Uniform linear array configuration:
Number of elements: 4
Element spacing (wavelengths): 0.25
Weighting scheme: exponential
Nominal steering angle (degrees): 45
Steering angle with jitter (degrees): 43.308
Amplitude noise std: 0.05
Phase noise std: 0.05

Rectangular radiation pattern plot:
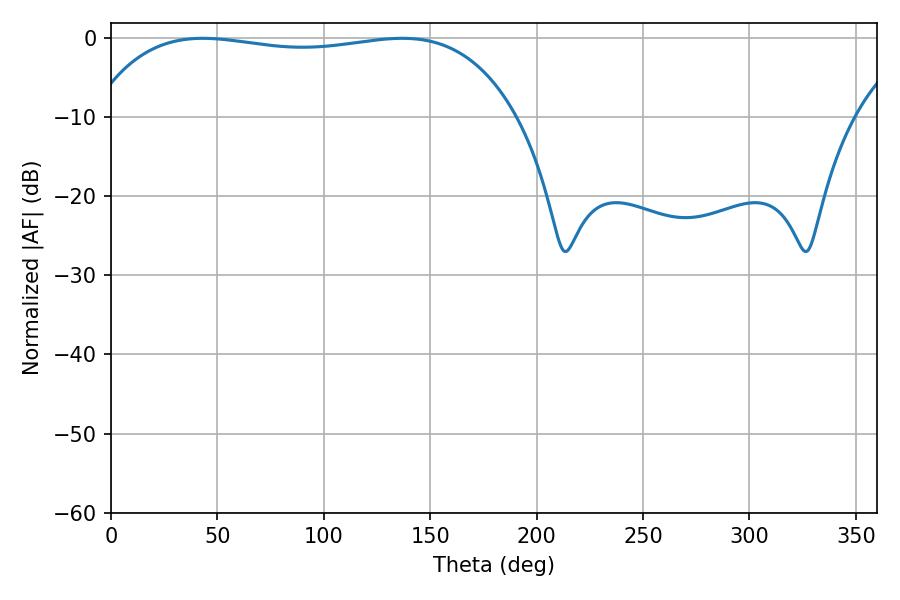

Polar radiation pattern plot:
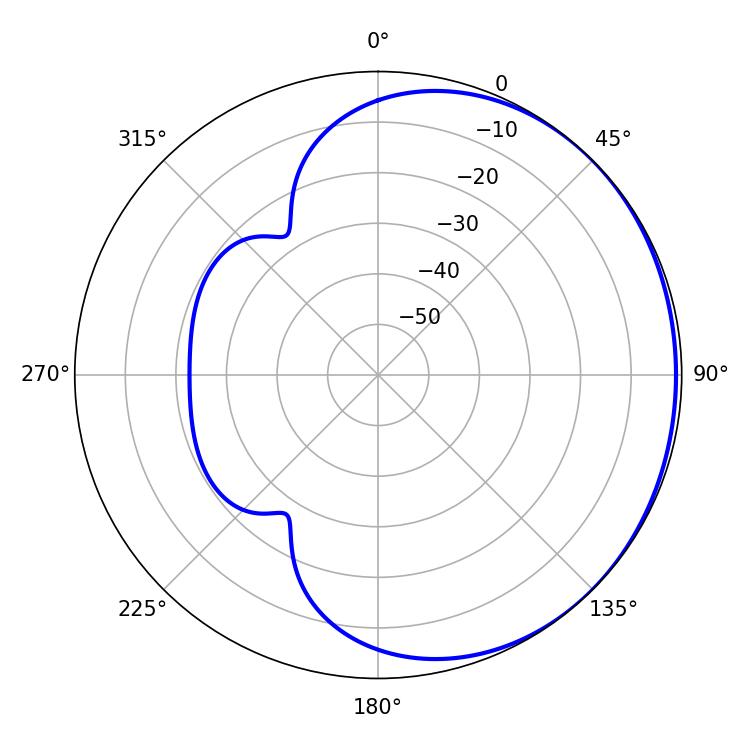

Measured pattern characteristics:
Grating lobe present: FALSE
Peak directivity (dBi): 0.6908
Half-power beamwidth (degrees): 159.84
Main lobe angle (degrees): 43.2